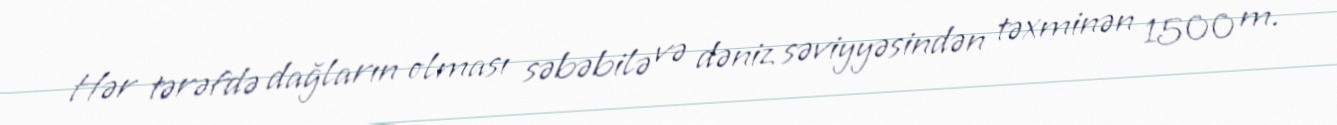
Hər tərəfdə dağların olması səbəbilə və dəniz səviyyəsindən təxminən 1500 m.